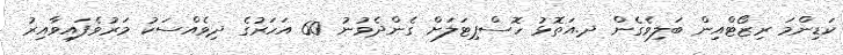
ކަޑިންމަ ރިޒޯޓްއިން ބަލިވެގެން ދ.އަތޮޅު ހޮސްޕިޓަލަށް ގެންދެވުނު 60 އަހަރުގެ ދިވެއްސަކު މަރުވެފައިވާއިރު